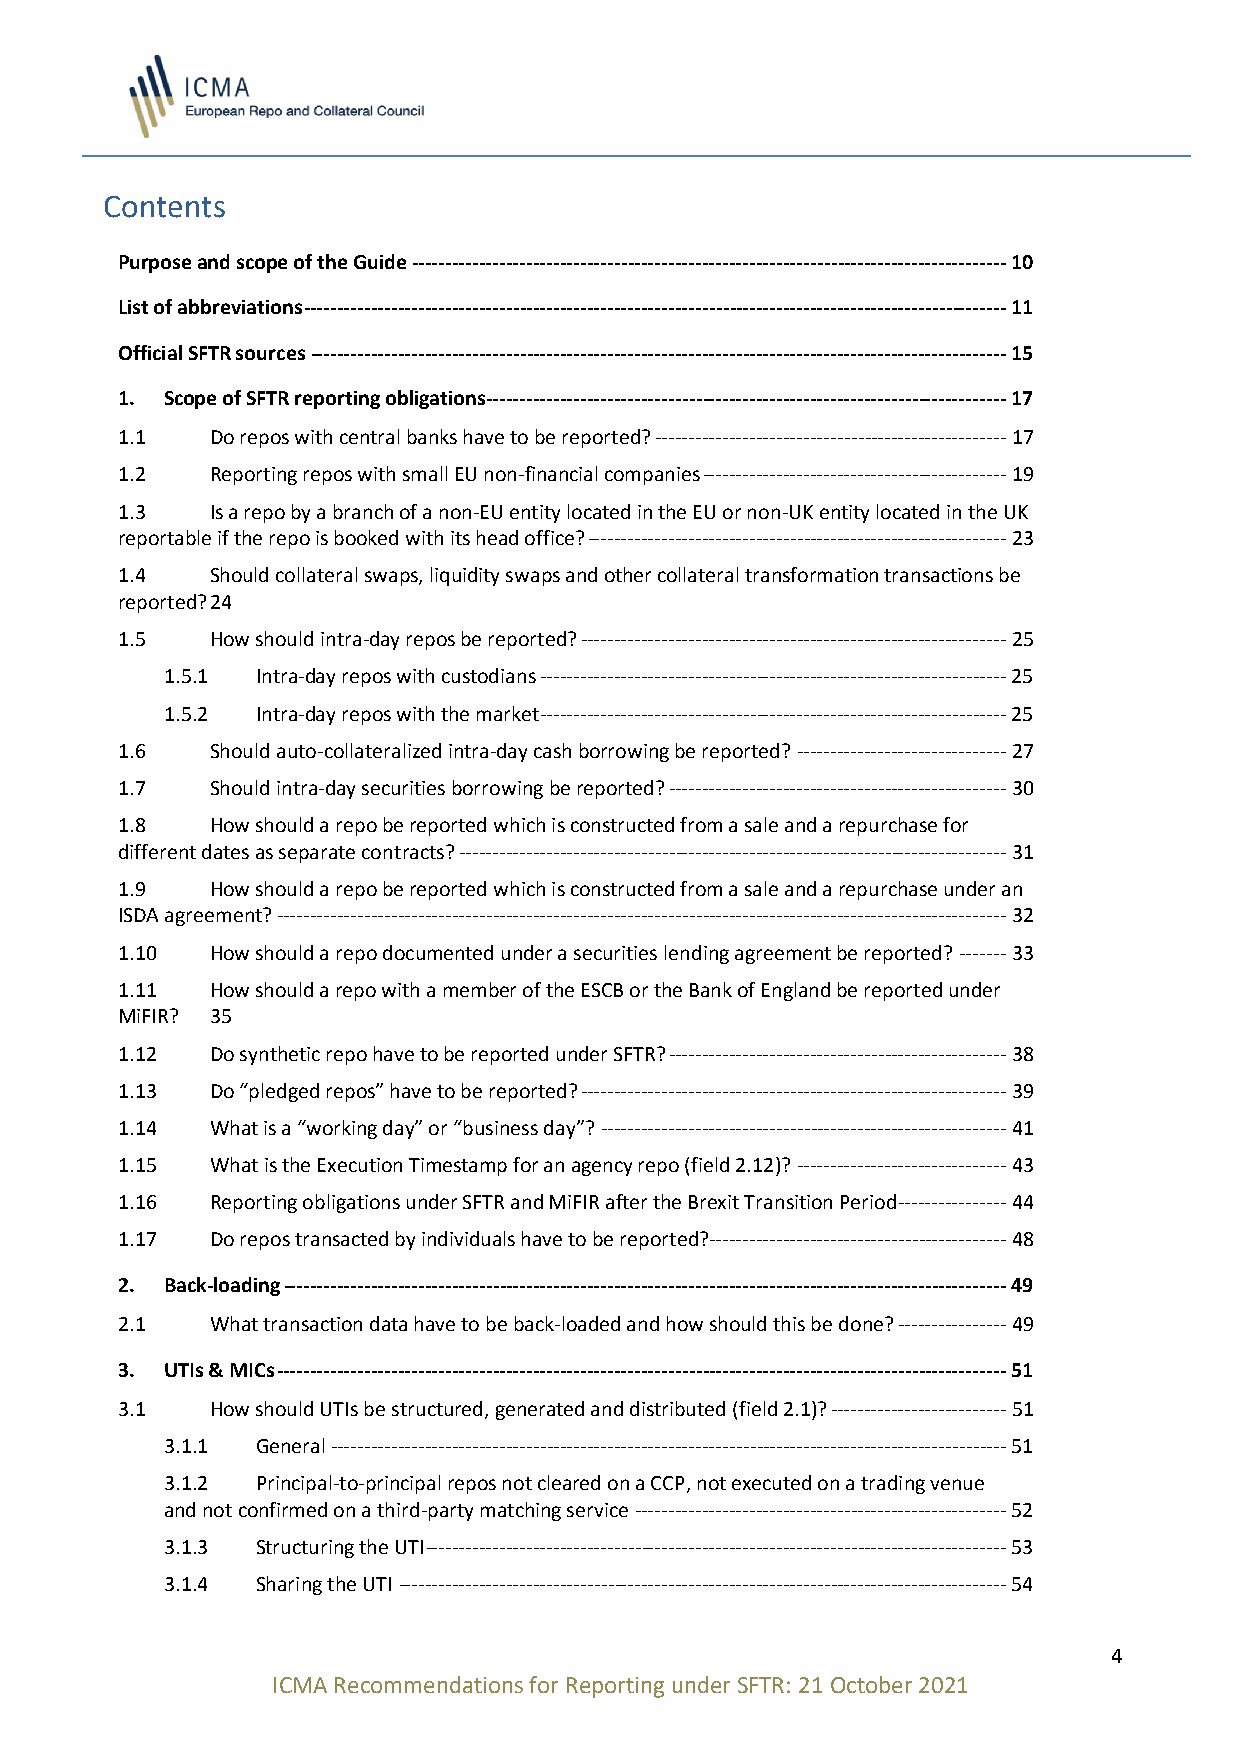
Contents
 Purpose and scope of the Guide ---------------------------------------------------------------------------------------- 10
 List of abbreviations -------------------------------------------------------------------------------------------------------- 11
 Official SFTR sources ------------------------------------------------------------------------------------------------------- 15
 1. Scope of SFTR reporting obligations ----------------------------------------------------------------------------- 17
 1.1   Do repos with central banks have to be reported? ---------------------------------------------------- 17
 1.2   Reporting repos with small EU non-financial companies --------------------------------------------- 19
 1.3   Is a repo by a branch of a non-EU entity located in the EU or non-UK entity located in the UK
 reportable if the repo is booked with its head office? -------------------------------------------------------------- 23
 1.4   Should collateral swaps, liquidity swaps and other collateral transformation transactions be
 reported? 24
 1.5   How should intra-day repos be reported? --------------------------------------------------------------- 25
 1.5.1 Intra-day repos with custodians --------------------------------------------------------------------- 25
 1.5.2 Intra-day repos with the market --------------------------------------------------------------------- 25
 1.6   Should auto-collateralized intra-day cash borrowing be reported? ------------------------------- 27
 1.7   Should intra-day securities borrowing be reported? -------------------------------------------------- 30
 1.8   How should a repo be reported which is constructed from a sale and a repurchase for
 different dates as separate contracts? --------------------------------------------------------------------------------- 31
 1.9   How should a repo be reported which is constructed from a sale and a repurchase under an
 ISDA agreement? ------------------------------------------------------------------------------------------------------------ 32
 1.10  How should a repo documented under a securities lending agreement be reported? ------- 33
 1.11  How should a repo with a member of the ESCB or the Bank of England be reported under
 MiFIR? 35
 1.12  Do synthetic repo have to be reported under SFTR? -------------------------------------------------- 38
 1.13  Do “pledged repos” have to be reported? --------------------------------------------------------------- 39
 1.14  What is a “working day” or “business day”? ------------------------------------------------------------ 41
 1.15  What is the Execution Timestamp for an agency repo (field 2.12)? ------------------------------- 43
 1.16  Reporting obligations under SFTR and MiFIR after the Brexit Transition Period ---------------- 44
 1.17  Do repos transacted by individuals have to be reported? -------------------------------------------- 48
 2. Back-loading ----------------------------------------------------------------------------------------------------------- 49
 2.1   What transaction data have to be back-loaded and how should this be done? ---------------- 49
 3. UTIs & MICs ------------------------------------------------------------------------------------------------------------ 51
 3.1   How should UTIs be structured, generated and distributed (field 2.1)? -------------------------- 51
 3.1.1 General ---------------------------------------------------------------------------------------------------- 51
 3.1.2 Principal-to-principal repos not cleared on a CCP, not executed on a trading venue
 and not confirmed on a third-party matching service ------------------------------------------------------- 52
 3.1.3 Structuring the UTI -------------------------------------------------------------------------------------- 53
 3.1.4 Sharing the UTI ------------------------------------------------------------------------------------------ 54
 4
 ICMA Recommendations for Reporting under SFTR: 21 October 2021